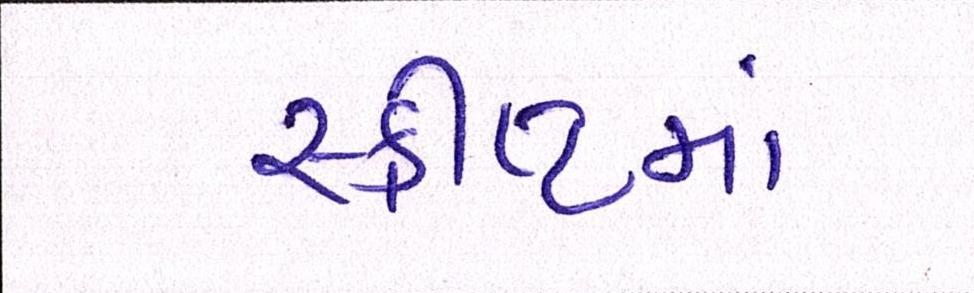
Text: સ્ક્રીપ્ટમાં